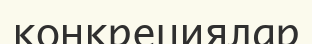
конкрециялар